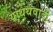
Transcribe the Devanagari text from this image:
याथर्थवादी